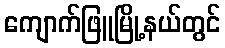
ကျောက်ဖြူမြို့နယ်တွင်